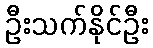
ဦးသက်နိုင်ဦး